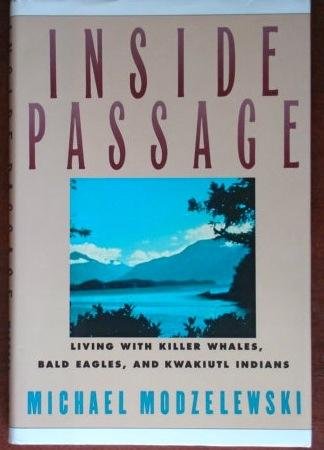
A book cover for Inside Passage: Living With Killer Whales, Bald Eagles, and Kwakiutl Indians; Michael Modzelewski; Travel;